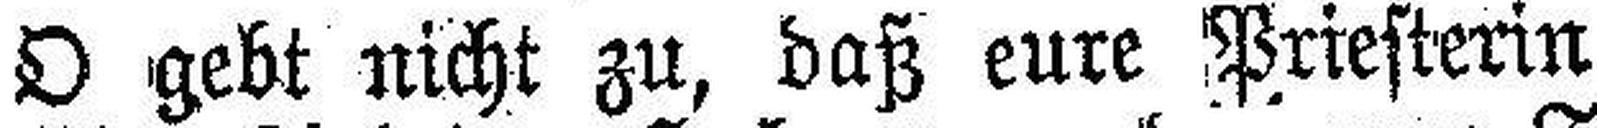
O gebt nicht zu, daß eure Priesterin